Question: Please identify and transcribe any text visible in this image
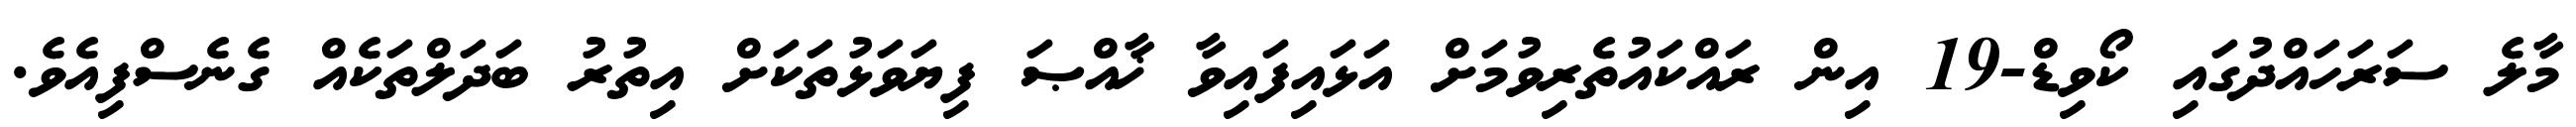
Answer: މާލެ ސަރަހައްދުގައި ކޯވިޑް-19 އިން ރައްކައުތެރިވުމަށް އަޅައިފައިވާ ޚާއްޞަ ފިޔަވަޅުތަކަށް އިތުރު ބަދަލްތަކެއް ގެނެސްފިއެވެ.